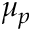
\mu _ { p }